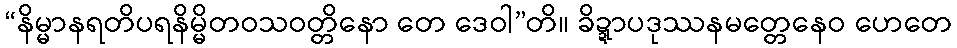
“နိမ္မာနရတိပရနိမ္မိတဝသဝတ္တိနော တေ ဒေဝါ”တိ။ ခိဍ္ဍာပဒုဿနမတ္တေနေဝ ဟေတေ